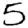
Digit: 5